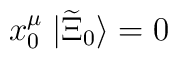
x^\mu_0 \; | \widetilde{\Xi}_0 \rangle = 0\,